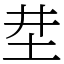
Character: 坓